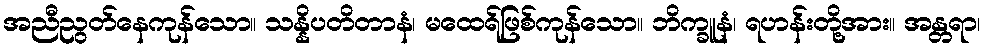
အညီညွတ်နေကုန်သော။ သန္နိပတိတာနံ၊ မထေရ်ဖြစ်ကုန်သော။ ဘိက္ခူနံ၊ ရဟန်းတို့အား။ အန္တရာ၊